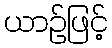
ယာဉ်ဖြင့်